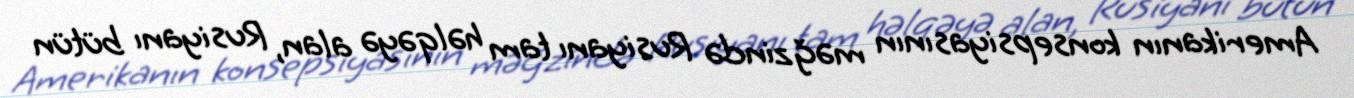
Amerikanın konsepsiyasının məğzində Rusiyanı tam həlqəyə alan, Rusiyanı bütün